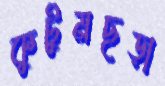
কুটুমছড়া